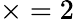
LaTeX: \times=2